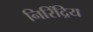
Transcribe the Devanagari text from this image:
निरिंद्रिय